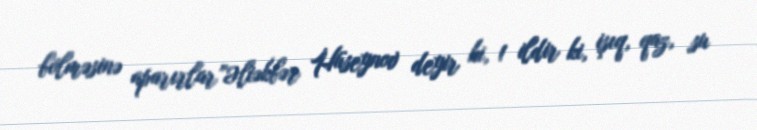
bölməsinə aparırlar”Əliəkbər Hüseynov deyir ki, 1 ildir ki, işıq, qaz, su